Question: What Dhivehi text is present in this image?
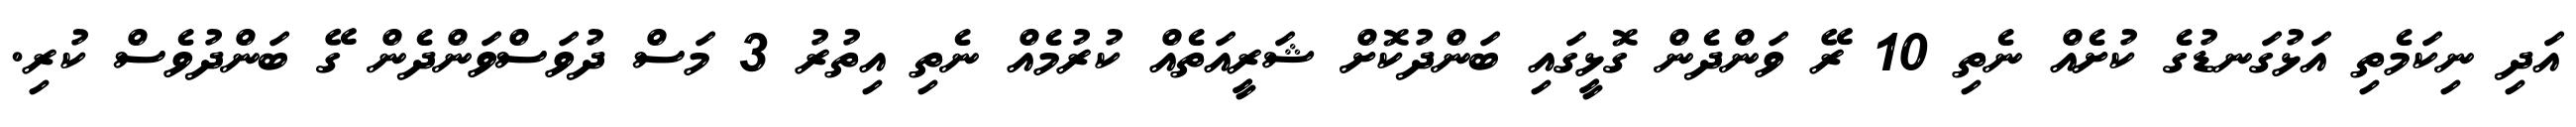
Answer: އަދި ނިކަމެތި އަޅުގަނޑުގެ ކުށެއް ނެތި 10 ރޭ ވަންދެން ގޮޅީގައި ބަންދުކޮށް ޝަރީއަތެއް ކުރުމެއް ނެތި އިތުރު 3 މަސް ދުވަސްވަންދެން ގޭ ބަންދުވެސް ކުރި.